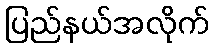
ပြည်နယ်အလိုက်